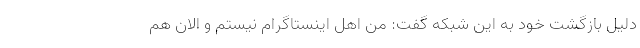
دلیل بازگشت خود به این شبکه گفت: من اهل اینستاگرام نیستم و الان هم